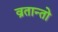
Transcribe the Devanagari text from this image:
व्रतान्तो